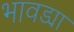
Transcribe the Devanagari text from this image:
भावड्या